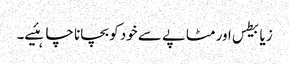
زیابیطس اور مٹاپے سے خود کو بچانا چاہئیے۔